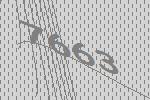
7663